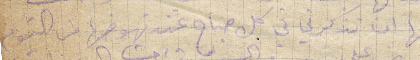
منها ان تذكرني في كل صباح عند نهوضها من النوم